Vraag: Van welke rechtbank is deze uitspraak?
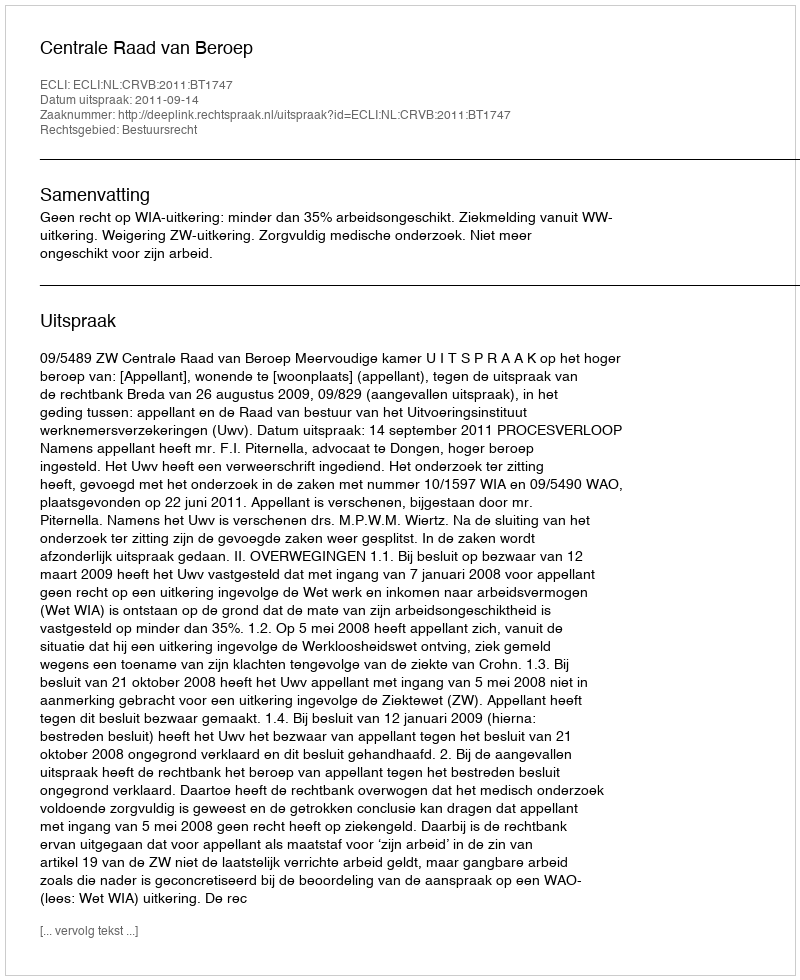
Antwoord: Centrale Raad van Beroep